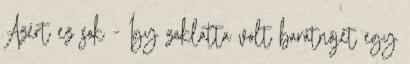
Azért ez sok - Így zaklatta volt barátnőjét egy